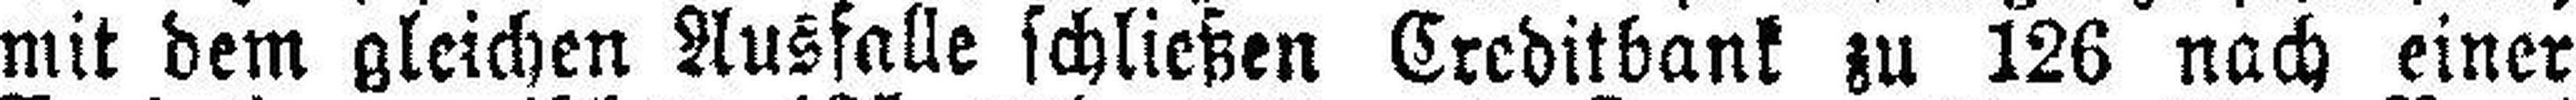
mit dem gleichen Ausfalle schließen Creditbank zu 126 nach einer